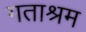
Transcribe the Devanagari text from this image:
गताश्रम